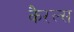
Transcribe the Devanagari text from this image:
कैरल्स